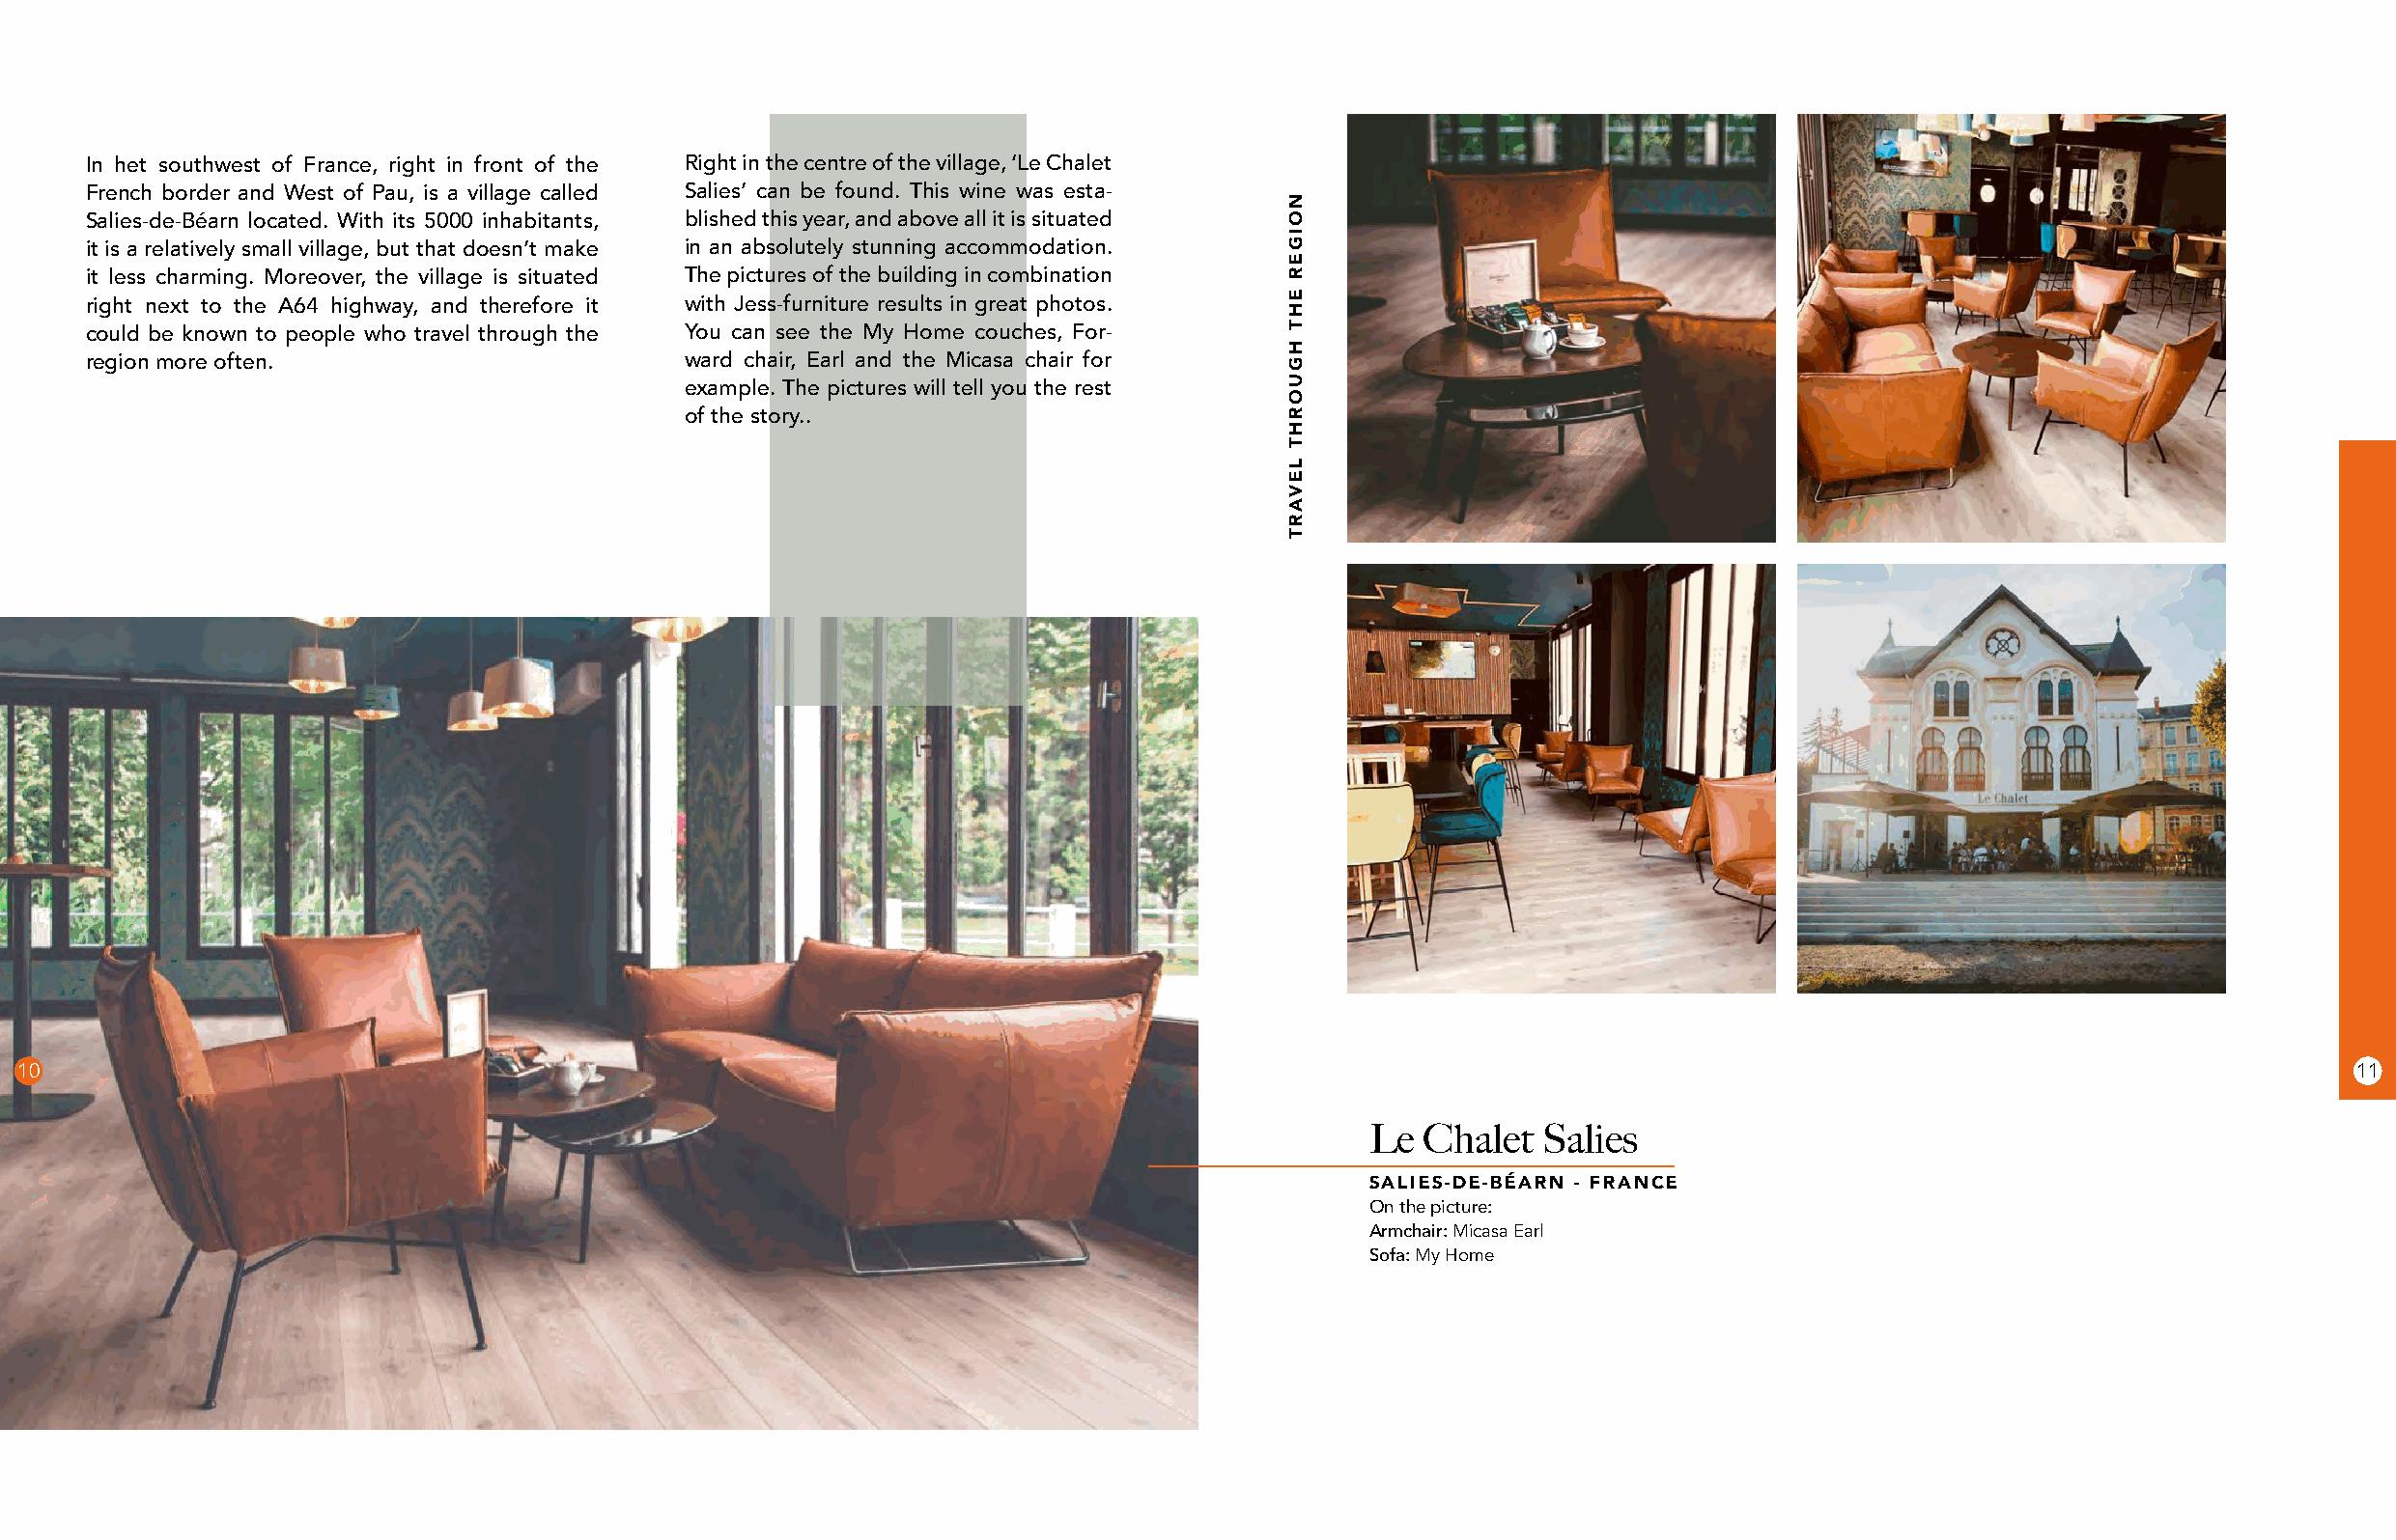
In het southwest of France, right in front of the Right in the centre of the village, ‘Le Chalet
 French border and West of Pau, is a village called Salies’ can be found. This wine was esta-
 Salies-de-Béarn located. With its 5000 inhabitants, blished this year, and above all it is situated
 it is a relatively small village, but that doesn’t make in an absolutely stunning accommodation.
 it less charming. Moreover, the village is situated The pictures of the building in combination
 right next to the A64 highway, and therefore it with Jess-furniture results in great photos.
 could be known to people who travel through the You can see the My Home couches, For-
 region more often.                       ward chair, Earl and the Micasa chair for
 example. The pictures will tell you the rest
 of the story..
 10                                                                                                                                                               11
 Le  Chalet  Salies
 SALIES-DE-BÉARN - FRANCE
 On the picture:
 Armchair: Micasa Earl
 Sofa: My Home
 NOIGER
 EHT
 HGUORHT
 LEVART